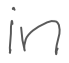
Text: in
Cross-out: clean
Writing tool: digital_gray